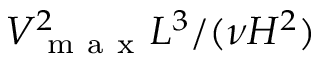
V _ { \mathrm { ~ m ~ a ~ x ~ } } ^ { 2 } L ^ { 3 } / ( \nu H ^ { 2 } )